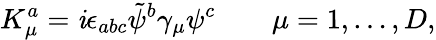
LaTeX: K_{\mu}^{a}=\mathit{i}\epsilon_{abc}\tilde{{\psi}}^{b}\gamma_{\mu}\psi^{c}\qquad\mu=1,\dots,D,